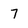
Character: 7